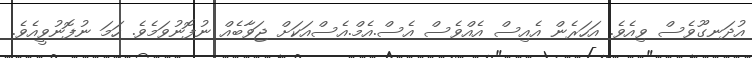
އުދަނގޫވެސް ވިއެވެ. އަހަރެން އެއިސް އެއްވެސް އެސް.އެމް.އެސްއަކަށް ޖަވާބެއް ނުފޮނުވަމެވެ. ހަމަ ނުފޮނުވީއެވެ.